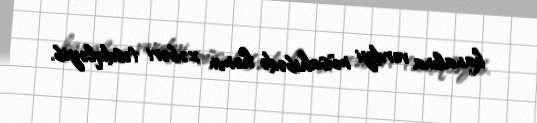
kanalına verdiyi müsahibədə həmin xəbəri təsdiqləyib.